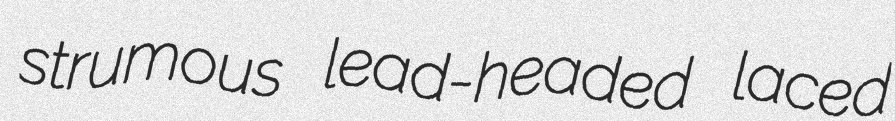
strumous lead-headed laced